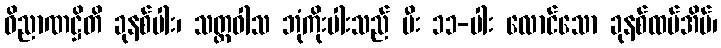
ဝိညာဏဋ္ဌိတိ ခုနစ်ပါး၊ သတ္တဝါသ ဘုံကိုးပါးသည် မီး ၁၁-ပါး လောင်သော ခုနစ်ထပ်အိမ်၊